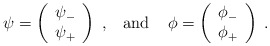
\begin{align*}\psi=\left( \begin{array}{c} \psi_- \\ \psi_+ \end{array}\right)\;,\;\;\;\mbox{and}\;\;\;\; \phi=\left( \begin{array}{c}\phi_- \\ \phi_+ \end{array}\right)\;.\end{align*}